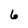
Character: 6